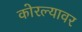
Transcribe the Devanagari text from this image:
कोरल्यावर